Problem: 3 × 2 = ?
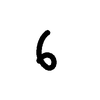
Handwritten answer: 6